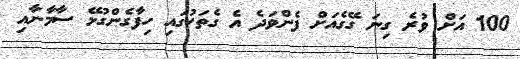
100 އަށް ވުރެ ގިނަ ގޭގެއަށް ފެންވަދެ އެ ގެތަކުގައި ހިފާގެންގުޅޭ ސާމާނާއި